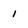
Character: 1